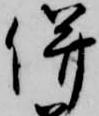
併